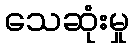
သေဆုံးမှု